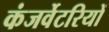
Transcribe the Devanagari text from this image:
कंजर्वेटरियों